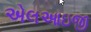
એલઆઇજી